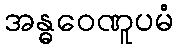
အန္ဓဝေဏူပမံ